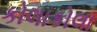
કોલાકોલા